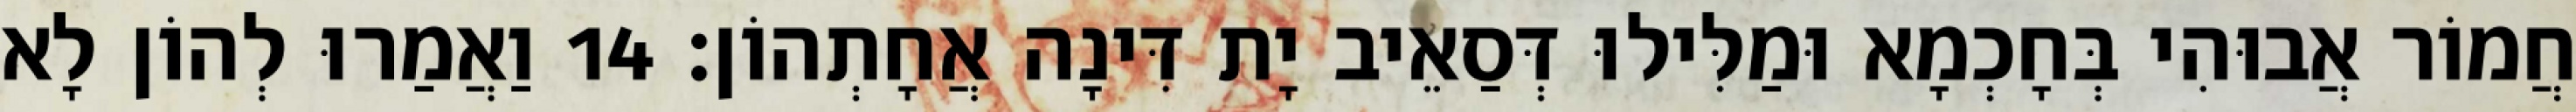
חֲמוֹר אֲבוּהִי בְּחָכְמָא וּמַלִּילוּ דְּסַאֵיב יָת דִּינָה אֲחָתְהוֹן׃ 14 וַאֲמַרוּ לְהוֹן לָא